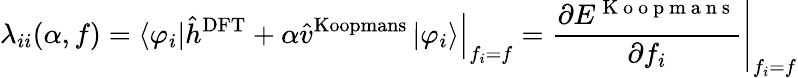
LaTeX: \lambda_{ii}(\alpha,f)=\left.\left\langle\varphi_{i}\right\vert\hat{h}^{\mathrm{DFT}}+\alpha\hat{v}^{\mathrm{Koopmans}}\left\vert\varphi_{i}\right\rangle\right\vert_{f_{i}=f}=\left.\frac{\partial E^{\mathrm{~K~o~o~p~m~a~n~s~}}}{\partial f_{i}}\right\vert_{f_{i}=f}